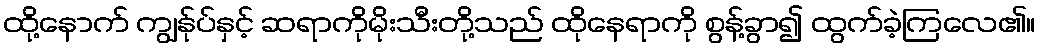
ထို့နောက် ကျွန်ုပ်နှင့် ဆရာကိုမိုးသီးတို့သည် ထိုနေရာကို စွန့်ခွာ၍ ထွက်ခဲ့ကြလေ၏။